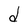
Character: d